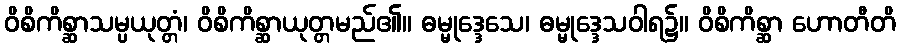
ဝိစိကိစ္ဆာသမ္ပယုတ္တံ၊ ဝိစိကိစ္ဆာယုတ္တမည်၏။ ဓမ္မုဒ္ဒေသေ၊ ဓမ္မုဒ္ဒေသဝါရ၌။ ဝိစိကိစ္ဆာ ဟောတီတိ